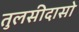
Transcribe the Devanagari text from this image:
तुलसीदासो